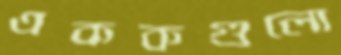
এককগুলো